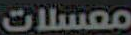
معسلات